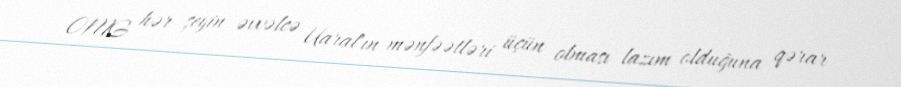
OMG hər şeyin əvvəlcə Uaral'ın mənfəətləri üçün olması lazım olduğuna qərar